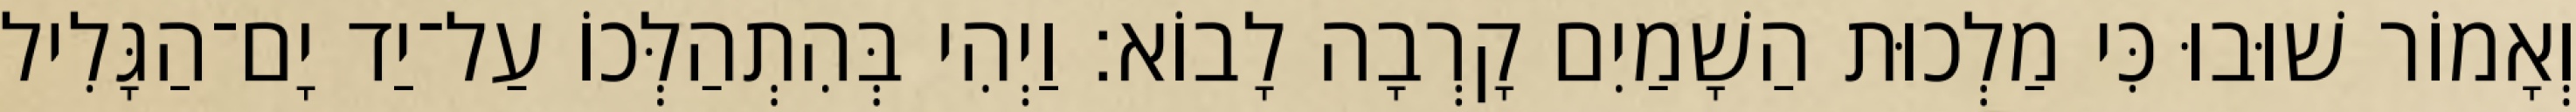
וְאָמוֹר שׁוּבוּ כִּי מַלְכוּת הַשָׁמַיִם קָרְבָה לָבוֹא׃ וַיְהִי בְּהִתְהַלְּכוֹ עַל־יַד יָם־הַגָּלִיל